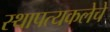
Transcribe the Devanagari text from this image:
स्थापत्यकलेचे